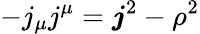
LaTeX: -j_{\mu}j^{\mu}=\boldsymbol{j}^{2}-\rho^{2}